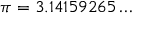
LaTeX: \pi = 3 . 1 4 1 5 9 2 6 5 \ldots